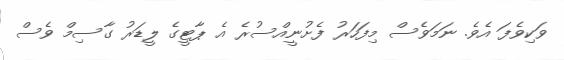
ވަކިވެފަ އެވެ. ނަމަވެސް މިފަހަރު ފެށުނީއްސުރެ އެ ޕާޓީގެ ލީޑަރު ގާސިމް ވެސް